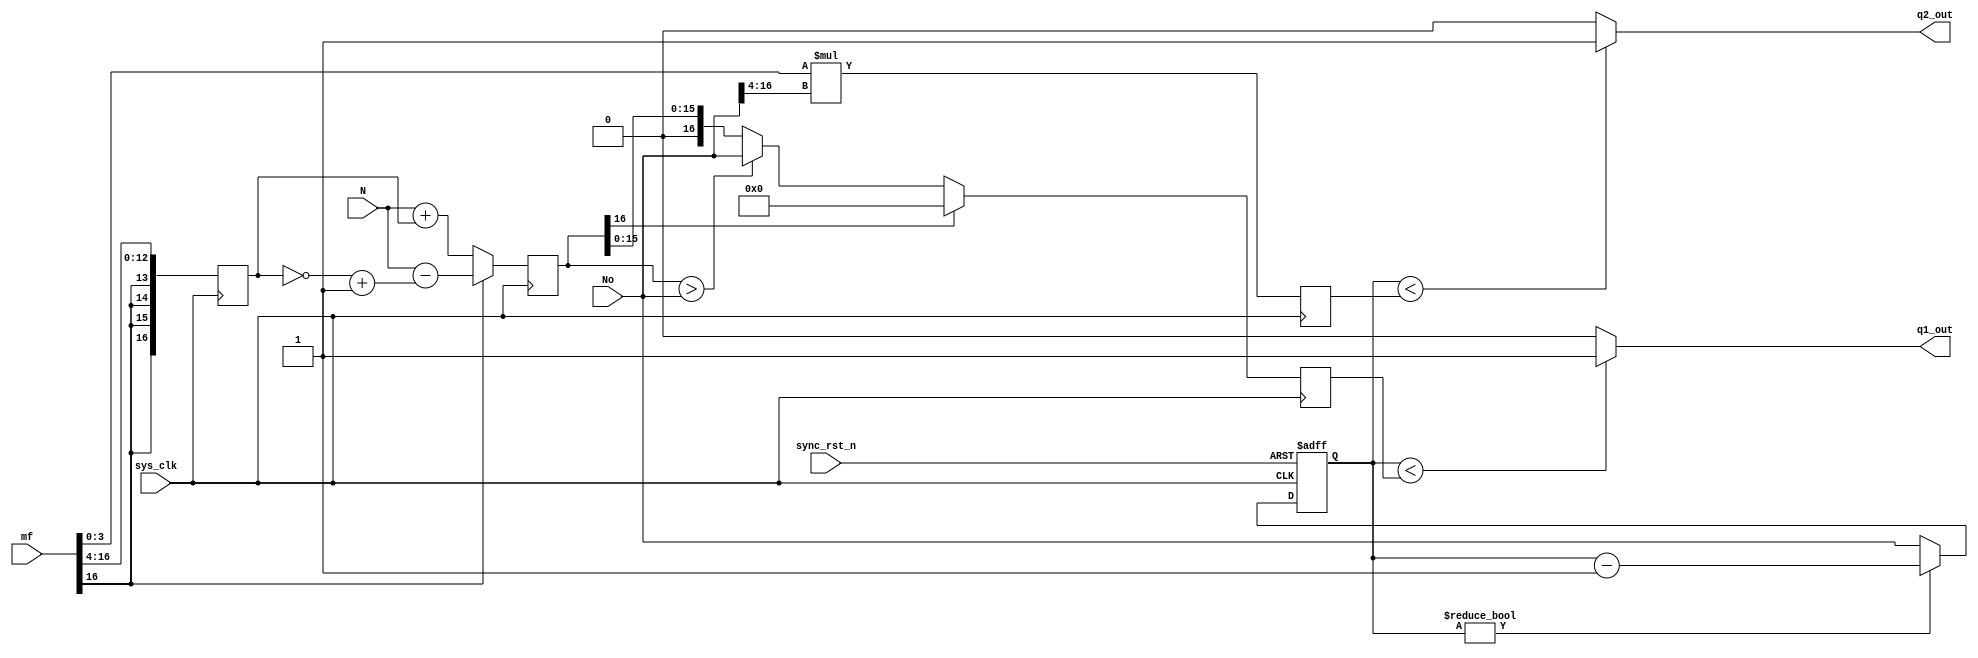
module frac_pwm_dual #(parameter WIDTH = 17, parameter fsze = 4) (
	// inputs
	input sys_clk,
	input sync_rst_n,
	input [WIDTH-1:0] No,			// period divider	
	input [WIDTH-1:0] N,			// default center pwm value
	input signed [WIDTH-1:0] mf,	// fractional pwm ...yyyyy.xxx
	// outputs
	output q1_out,					// pwm coarse output
	output q2_out                   // pwm fine output
    );

localparam MSB = WIDTH-1;

reg [WIDTH-1:0] ncoarse;			// coarse count
reg [WIDTH-1:0] nfine;				// fine count
reg [WIDTH-1:0] period_cnt;			// master counter
reg signed [WIDTH-1:0] mfs4;
reg signed [WIDTH-1:0] R1;

wire reset;
wire [fsze-1:0] nfrac;
wire [WIDTH-1:0] nshift;

	
// assign
assign q1_out = (period_cnt < ncoarse) ? 1'b1 : 1'b0; // coarse pwm
assign q2_out = (period_cnt < nfine) ? 1'b1 : 1'b0; // fine pwm
assign reset = ~sync_rst_n;
assign nfrac = mf[fsze-1:0] ;
assign nshift = No >>> fsze;

////// limit coarse to [0 No]
always @(posedge sys_clk) begin
     mfs4 <= mf >>> fsze;
end
always @ (posedge sys_clk) begin
     R1 <= (mf[MSB]) ? (N - (~mfs4+1)) : (N + mfs4);
end
always @ (posedge sys_clk) begin
	ncoarse <= (R1[MSB]) ? (0) : 
				           ((R1 > No) ? No: R1);
end 
always @ (posedge sys_clk) begin
    nfine = nfrac * nshift ;
end

// ---------------------------------------------------------------------------
// ---------------------------------------------------------------------------
    always @(negedge sys_clk, posedge reset) begin	// constant period counter
        if(reset)                                   // generates fixed frequency 
		    period_cnt <= 0;
		else begin
		    if(period_cnt !=0)
			   period_cnt <= period_cnt - 1'b1;
			else
			   period_cnt <= No;
		end
	 end
	 

endmodule